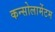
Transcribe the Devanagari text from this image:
कन्सोलामेंटम